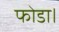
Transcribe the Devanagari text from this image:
फोडा।